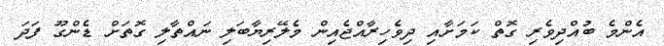
އެންމެ ބުއްދިވެރި ގޮތް ކަމަށާއި ދިވެހިރާއްޖެއިން މެލޭރިޔާބަލި ނައްތާލި ގޮތަށް ޑެންގޫ ފަދަ